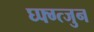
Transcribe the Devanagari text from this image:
घ्फ्ग्त्जुन